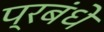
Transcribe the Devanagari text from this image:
प्रबंधे